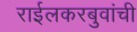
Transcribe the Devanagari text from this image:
राईलकरबुवांची